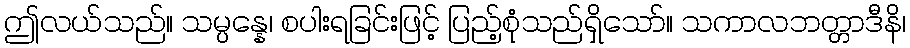
ဤလယ်သည်။ သမ္ပန္နေ၊ စပါးရခြင်းဖြင့် ပြည့်စုံသည်ရှိသော်။ သကာလဘတ္တာဒီနိ၊